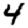
Digit: 4